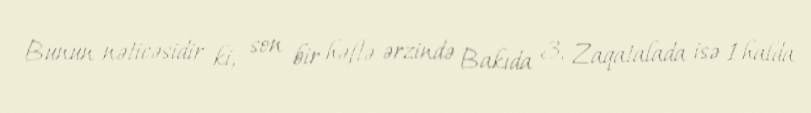
Bunun nəticəsidir ki, son bir həftə ərzində Bakıda 3, Zaqatalada isə 1 halda